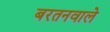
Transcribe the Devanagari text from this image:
बरतनवाले